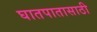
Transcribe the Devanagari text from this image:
घातपातासाठी